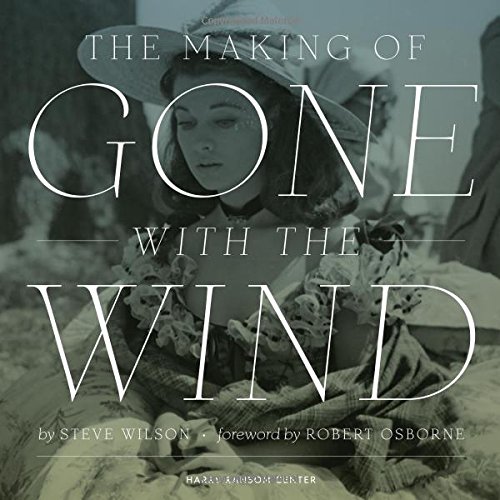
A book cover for The Making of Gone With The Wind; Steve Wilson; Humor & Entertainment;